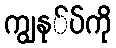
ကျွနု်ပ်ကို